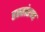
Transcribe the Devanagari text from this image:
हस्तांरण